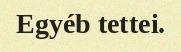
Egyéb tettei.